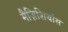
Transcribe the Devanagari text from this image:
मैज़िशियांस